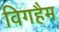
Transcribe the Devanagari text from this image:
विगहैम